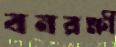
বনরক্ষী